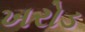
ખરોડ